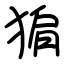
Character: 猏